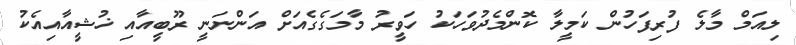
ލިއަމް މާލެ ފުރިފަހުން ކަމީލާ ކޮންމެދުވަހަކު ހަވީރު މާމަގެގެއަށް އަންނަނީ ރޫބީއާއި ޚުޝީއާއިއެކު